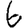
Digit: 6